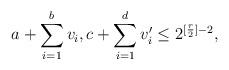
LaTeX: \begin{gather*} a + \sum_{i=1}^b v_i,c + \sum_{i=1}^d v'_i \leq 2^{[{r\over 2}]-2},\end{gather*}